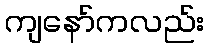
ကျနော်ကလည်း